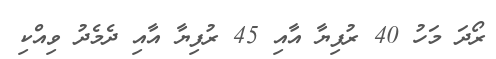
ރޯދަ މަހު 40 ރުފިޔާ އާއި 45 ރުފިޔާ އާއި ދެމެދު ވިއްކި